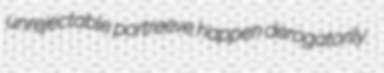
unrejectable portreeve happen derogatorily